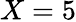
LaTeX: X=5